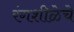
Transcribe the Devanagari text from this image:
रंगशीळेचे